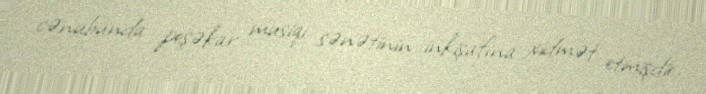
cənubunda peşəkar musiqi sənətinin inkişafına xidmət etmişdir.